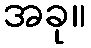
အခု။